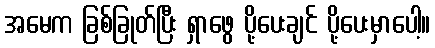
အမေက ခြစ်ခြုတ်ပြီး ရှာဖွေ ပို့ပေးချင် ပို့ပေးမှာပေါ့။